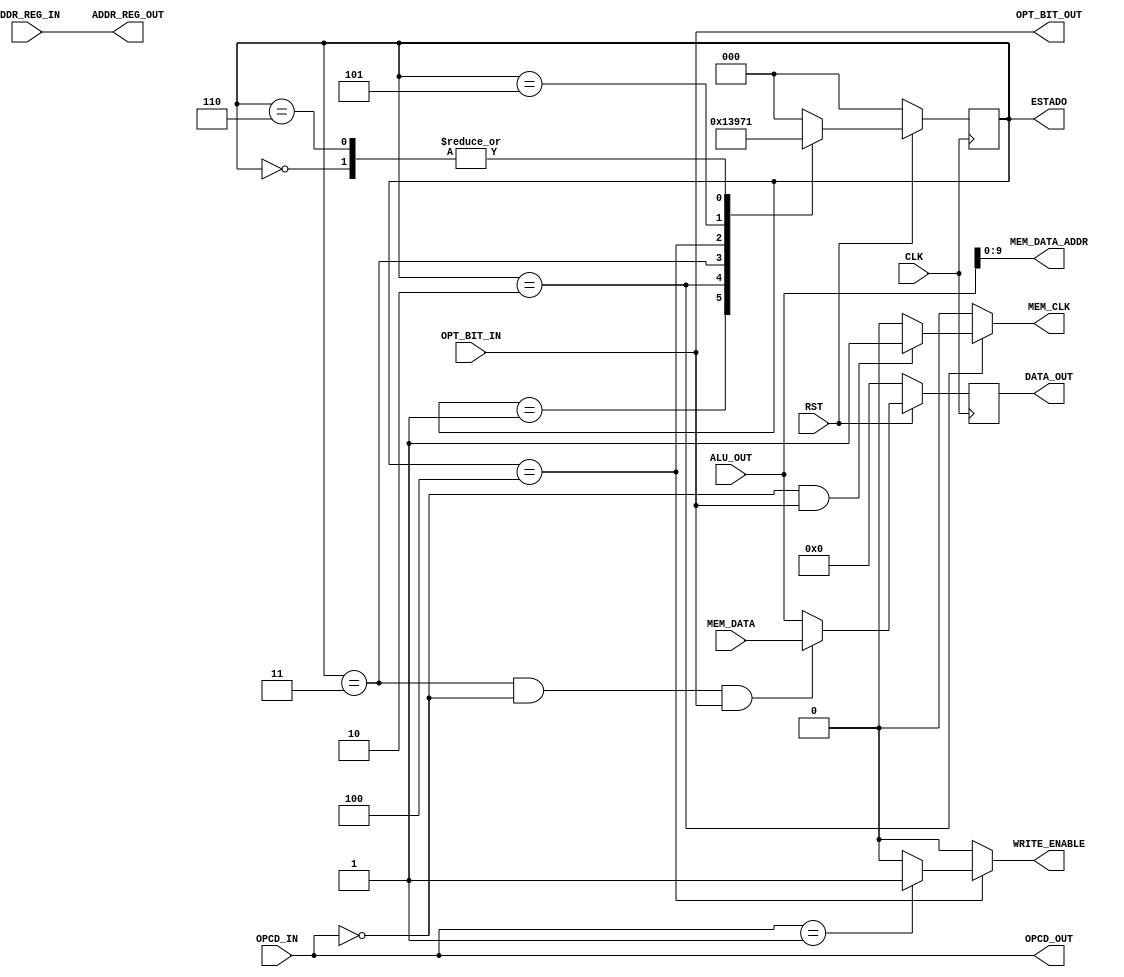
module MemAcc(DATA_OUT, MEM_DATA_ADDR, OPCD_OUT, ADDR_REG_OUT, OPT_BIT_OUT, WRITE_ENABLE, 
                MEM_CLK, ALU_OUT, MEM_DATA, OPCD_IN, ADDR_REG_IN, OPT_BIT_IN, RST, CLK, ESTADO);

    output [15:0] DATA_OUT;
    output [9:0] MEM_DATA_ADDR;
    output [4:0] OPCD_OUT, ADDR_REG_OUT;
    output reg WRITE_ENABLE, MEM_CLK;
    output OPT_BIT_OUT;

    output [2:0] ESTADO;

    input [15:0] ALU_OUT, MEM_DATA;
    input [4:0] OPCD_IN, ADDR_REG_IN;
    input OPT_BIT_IN, RST, CLK;

    reg [15:0] DATA;

    reg [2:0] STATE, NEXT_STATE;
    parameter   IDLE = 0,
                PREPARE_READ = 1,
                READ_CLOCK = 2,
                READ = 3,
                PREPARE_WRITE = 4,
                WRITE = 5,
                VAZIO_0 = 6;

    parameter   LW      = 5'b00000,
                SW      = 5'b00001,
                //
                ADD     = 5'b00010,
                SUB     = 5'b00011,
                MUL     = 5'b00100,
                DIV     = 5'b00101,
                //
                AND     = 5'b00110,
                OR      = 5'b00111,
                CMP     = 5'b01000,
                NOT     = 5'b01001,
                //
                JR      = 5'b01010,
                JPC     = 5'b01011,
                BRLF    = 5'b01100,
                CALL    = 5'b01101,
                RET     = 5'b01110,
                NOP     = 5'b01111;
    
    // debug
    assign ESTADO = STATE;
    
    assign DATA_OUT = DATA;
    assign MEM_DATA_ADDR = ALU_OUT;
    assign OPCD_OUT = OPCD_IN;
    assign ADDR_REG_OUT = ADDR_REG_IN;
    assign OPT_BIT_OUT = OPT_BIT_IN;

    // DPE
    always @ (*) begin
        NEXT_STATE = STATE;
        case(STATE)
            IDLE: NEXT_STATE = PREPARE_READ;
            PREPARE_READ: NEXT_STATE = READ_CLOCK;
            READ_CLOCK: NEXT_STATE = READ;
            READ: NEXT_STATE = PREPARE_WRITE;
            PREPARE_WRITE: NEXT_STATE = WRITE;
            WRITE: NEXT_STATE = VAZIO_0;
            VAZIO_0: NEXT_STATE = PREPARE_READ;
            default: NEXT_STATE = IDLE;
        endcase
    end

    // MEM
    always @ (posedge CLK) begin
        if(!RST) begin
            STATE <= IDLE;
            DATA <= 0;
        end
        else begin
            STATE <= NEXT_STATE;
            /* defaults */
            DATA <= DATA;
            /* state logic */
            if(STATE == READ && OPCD_IN == LW && OPT_BIT_IN == 1)
                DATA <= MEM_DATA;
            else
                DATA <= ALU_OUT;
        end
    end

    // DS
    always @ (*) begin
        WRITE_ENABLE = 0;
        MEM_CLK = 0;
        case(STATE)
            READ_CLOCK: begin
                if(OPCD_IN == LW && OPT_BIT_IN == 1)
                    MEM_CLK = 1;
            end
            PREPARE_WRITE: begin
                if(OPCD_IN == SW)
                    WRITE_ENABLE = 1;
            end
            default: begin
                WRITE_ENABLE = 0;
                MEM_CLK = 0;
            end
        endcase
    end
endmodule